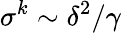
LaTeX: \sigma^{k}\sim\delta^{2}/\gamma